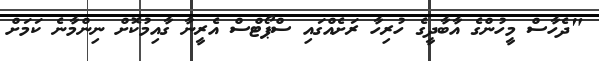
"ދެހާސް މީހުންގެ އާބާދީގެ ހުރިހާ ރަށެއްގައި ސްޕޯޓްސް އެރީނާ ގާއިމުކޮށް ނިންމާނެ ކަމަށް